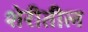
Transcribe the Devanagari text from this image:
शेरीतील